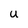
Character: U